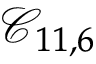
\mathcal { C } _ { 1 1 , 6 }